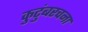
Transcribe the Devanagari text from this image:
कुटुंबरचना